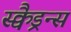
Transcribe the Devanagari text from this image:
स्क्वैड्रन्स